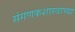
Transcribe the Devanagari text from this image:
संगणकशास्त्राच्या